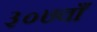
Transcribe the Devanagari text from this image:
३०७वाँ